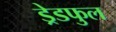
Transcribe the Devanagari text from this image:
ड्रेडफुल